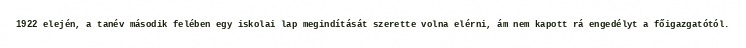
1922 elején, a tanév második felében egy iskolai lap megindítását szerette volna elérni, ám nem kapott rá engedélyt a főigazgatótól.